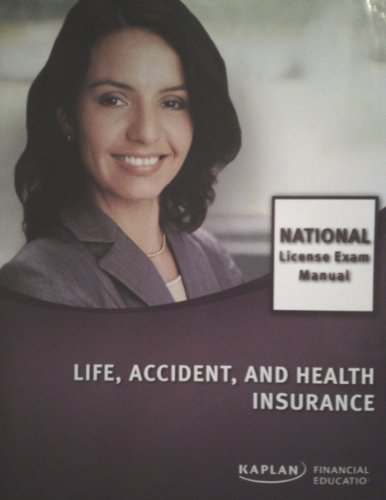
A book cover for Life, Accident, and Health Insurance National License Exam Manual; Inc. Kaplan; Business & Money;